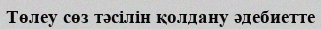
Төлеу сөз тәсілін қолдану әдебиетте